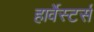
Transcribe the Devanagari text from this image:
हार्वेस्टर्स